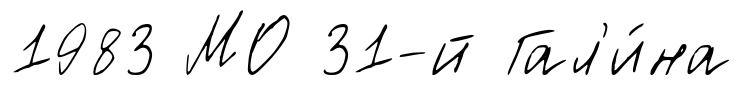
1983 МО 31-й Гал'и́на